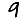
Digit: 9